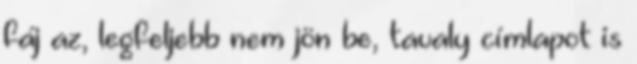
fáj az, legfeljebb nem jön be, tavaly címlapot is